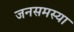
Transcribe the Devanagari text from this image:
जनसमस्या